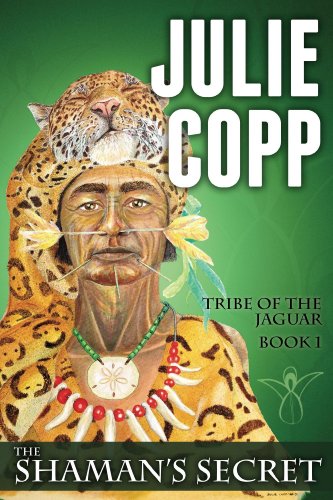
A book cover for The Shaman's Secret (Tribe of the Jaguar Book 1); Julie Copp; Teen & Young Adult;